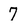
Character: 7